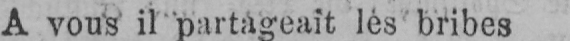
A vous il partageait lés bribes